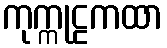
ကုက္ကုဠကထာ